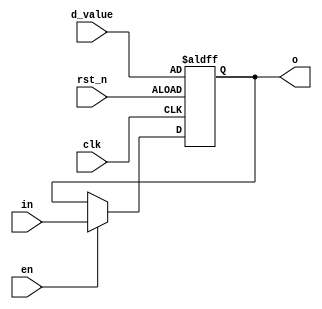
`timescale 1ns / 1ps
//////////////////////////////////////////////////////////////////////////////////
// Company: 
// Engineer: 
// 
// Design Name: 
// Module Name:    trigger 
// Project Name: 
// Target Devices: 
// Tool versions: 
// Description: 
//
// Dependencies: 
//
// Revision: 
// Revision 0.01 - File Created
// Additional Comments: 
//
//////////////////////////////////////////////////////////////////////////////////
module trigger(
input [3:0] in,
input en,
input clk,
input rst_n,
input [3:0] d_value,
output reg [3:0] o
);

always@(posedge	clk or negedge rst_n)
begin
if(~rst_n)
	o <= d_value;
else
begin
	if (en)
		o <= in;
	else
		o <= o;
end
end

endmodule